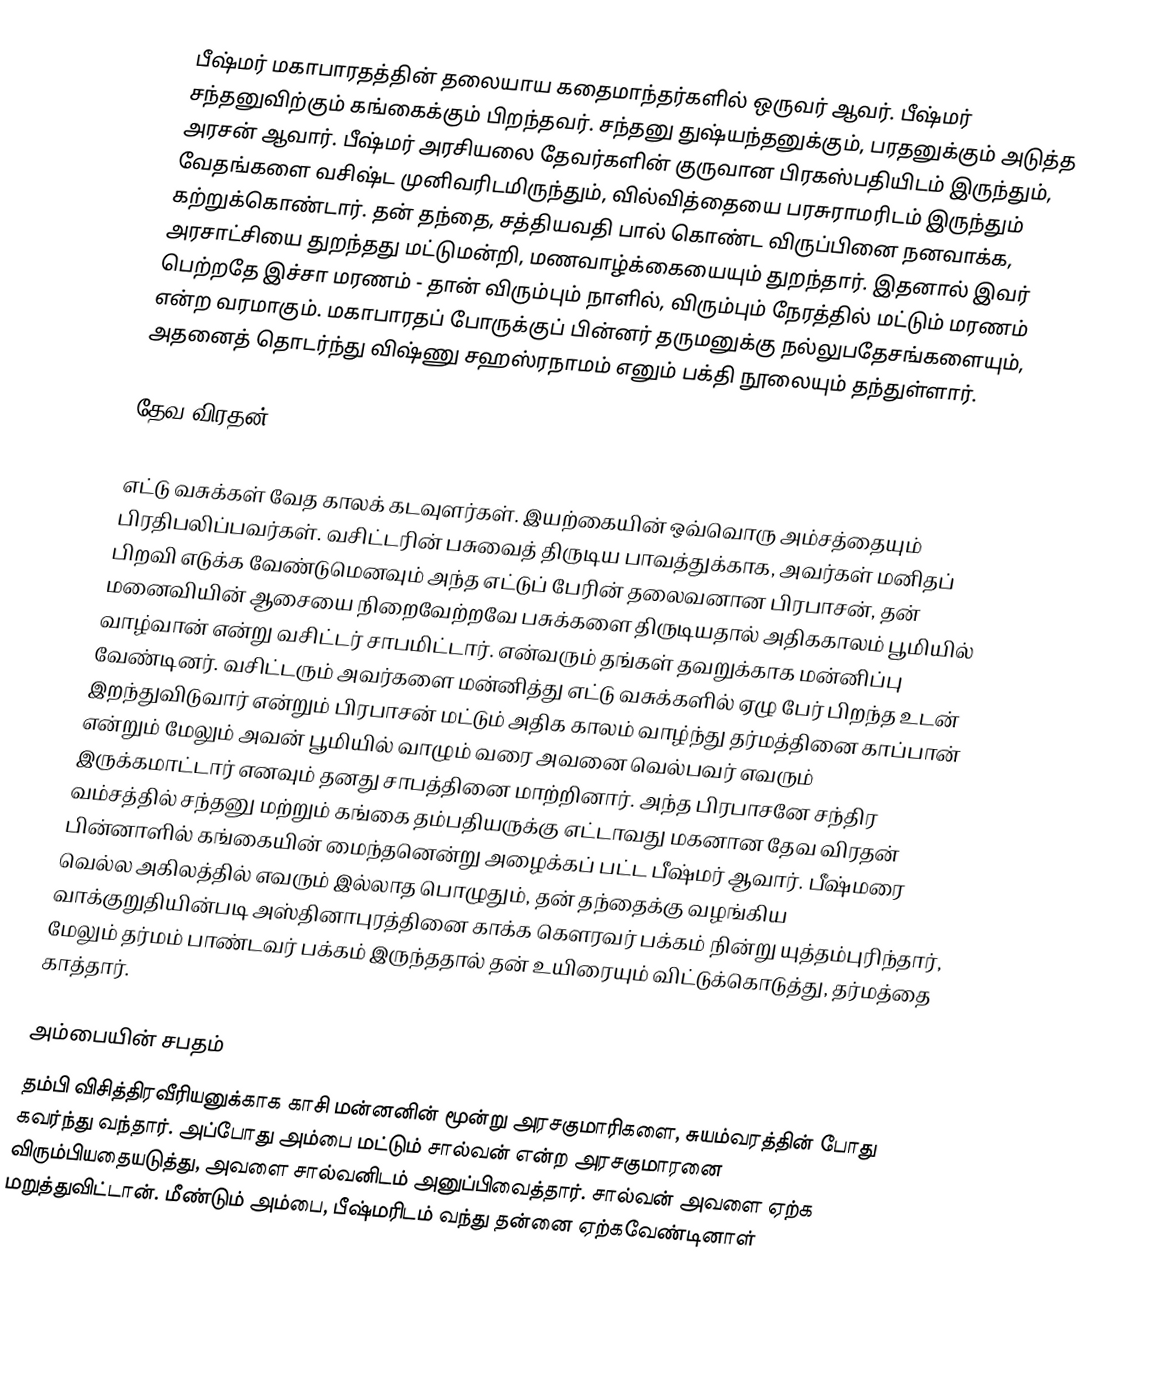
பீஷ்மர் மகாபாரதத்தின் தலையாய கதைமாந்தர்களில் ஒருவர் ஆவர். பீஷ்மர் சந்தனுவிற்கும் கங்கைக்கும் பிறந்தவர். சந்தனு துஷ்யந்தனுக்கும், பரதனுக்கும் அடுத்த அரசன் ஆவார். பீஷ்மர் அரசியலை தேவர்களின் குருவான பிரகஸ்பதியிடம் இருந்தும், வேதங்களை வசிஷ்ட முனிவரிடமிருந்தும், வில்வித்தையை பரசுராமரிடம் இருந்தும் கற்றுக்கொண்டார். தன் தந்தை, சத்தியவதி பால் கொண்ட விருப்பினை நனவாக்க, அரசாட்சியை துறந்தது மட்டுமன்றி, மணவாழ்க்கையையும் துறந்தார். இதனால் இவர் பெற்றதே இச்சா மரணம் - தான் விரும்பும் நாளில், விரும்பும் நேரத்தில் மட்டும் மரணம் என்ற வரமாகும். மகாபாரதப் போருக்குப் பின்னர் தருமனுக்கு நல்லுபதேசங்களையும், அதனைத் தொடர்ந்து விஷ்ணு சஹஸ்ரநாமம் எனும் பக்தி நூலையும் தந்துள்ளார்.

தேவ விரதன்

எட்டு வசுக்கள் வேத காலக் கடவுளர்கள். இயற்கையின் ஒவ்வொரு அம்சத்தையும் பிரதிபலிப்பவர்கள். வசிட்டரின் பசுவைத் திருடிய பாவத்துக்காக, அவர்கள் மனிதப் பிறவி எடுக்க வேண்டுமெனவும் அந்த எட்டுப் பேரின் தலைவனான பிரபாசன், தன் மனைவியின் ஆசையை நிறைவேற்றவே பசுக்களை திருடியதால் அதிககாலம் பூமியில் வாழ்வான் என்று வசிட்டர் சாபமிட்டார். என்வரும் தங்கள் தவறுக்காக மன்னிப்பு வேண்டினர். வசிட்டரும் அவர்களை மன்னித்து எட்டு வசுக்களில் ஏழு பேர் பிறந்த உடன் இறந்துவிடுவார் என்றும் பிரபாசன் மட்டும் அதிக காலம் வாழ்ந்து தர்மத்தினை காப்பான் என்றும் மேலும் அவன் பூமியில் வாழும் வரை அவனை வெல்பவர் எவரும் இருக்கமாட்டார் எனவும் தனது சாபத்தினை மாற்றினார். அந்த பிரபாசனே சந்திர வம்சத்தில் சந்தனு மற்றும் கங்கை தம்பதியருக்கு எட்டாவது மகனான தேவ விரதன் பின்னாளில் கங்கையின் மைந்தனென்று அழைக்கப் பட்ட பீஷ்மர்  ஆவார். பீஷ்மரை வெல்ல அகிலத்தில் எவரும் இல்லாத பொழுதும், தன் தந்தைக்கு வழங்கிய வாக்குறுதியின்படி அஸ்தினாபுரத்தினை காக்க கௌரவர் பக்கம் நின்று யுத்தம்புரிந்தார், மேலும் தர்மம் பாண்டவர் பக்கம் இருந்ததால் தன் உயிரையும் விட்டுக்கொடுத்து, தர்மத்தை காத்தார்.

அம்பையின் சபதம்
தம்பி விசித்திரவீரியனுக்காக காசி மன்னனின் மூன்று அரசகுமாரிகளை, சுயம்வரத்தின் போது கவர்ந்து வந்தார். அப்போது அம்பை மட்டும் சால்வன் என்ற அரசகுமாரனை விரும்பியதையடுத்து, அவளை சால்வனிடம் அனுப்பிவைத்தார். சால்வன் அவளை ஏற்க மறுத்துவிட்டான். மீண்டும் அம்பை, பீஷ்மரிடம் வந்து தன்னை ஏற்கவேண்டினாள்